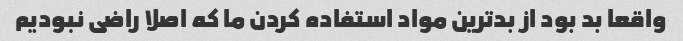
واقعا بد بود از بدترین مواد استفاده کردن ما که اصلا راضی نبودیم